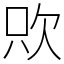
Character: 㰨